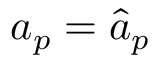
a _ { p } = \hat { a } _ { p }